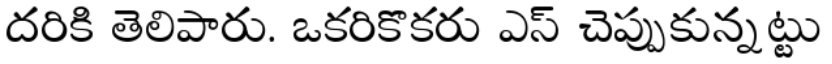
దరికి తెలిపారు. ఒకరికొకరు ఎస్ చెప్పుకున్నట్టు